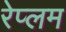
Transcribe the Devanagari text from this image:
रेप्लम